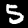
Digit: 5